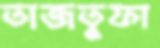
তাজতুফা